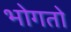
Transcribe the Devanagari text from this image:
भोगतो